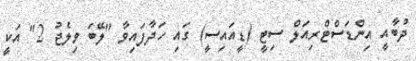
ދުބާއީ އިންޑަސްޓްރިއަލް ސިޓީ (ޑީއައިސީ) ގައި ހަދާފައިވާ "ލޭބަ ވިލެޖު 2" އަކީ